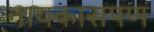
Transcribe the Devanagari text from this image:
नायकासपण